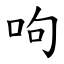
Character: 呴